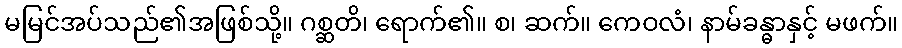
မမြင်အပ်သည်၏အဖြစ်သို့။ ဂစ္ဆတိ၊ ရောက်၏။ စ၊ ဆက်။ ကေဝလံ၊ နာမ်ခန္ဓာနှင့် မဖက်။